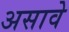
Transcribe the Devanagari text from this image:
असावेे